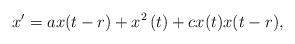
LaTeX: \begin{align*}x^{\prime }=ax(t-r)+x^{2}\left( t\right) +cx(t)x(t-r), \end{align*}